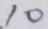
1 0